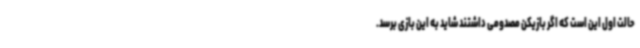
حالت اول این است که اگر بازیکن مصدومی داشتند شاید به این بازی برسد.